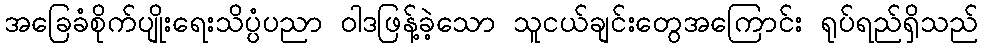
အခြေခံစိုက်ပျိုးရေးသိပ္ပံပညာ ဝါဒဖြန့်ခဲ့သော သူငယ်ချင်းတွေအကြောင်း ရုပ်ရည်ရှိသည်